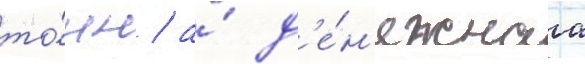
то́нн / а́ д'е́н'ежнаа